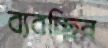
ব্যবচ্ছিন্ন